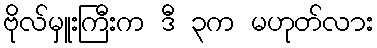
ဗိုလ်မှူးကြီးက ဒီ ၃က မဟုတ်လား